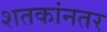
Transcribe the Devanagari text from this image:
शतकांनतर